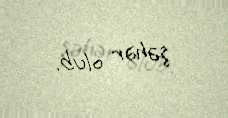
şəhər olub.